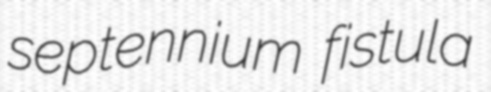
septennium fistula